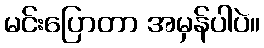
မင်းပြောတာ အမှန်ပါပဲ။